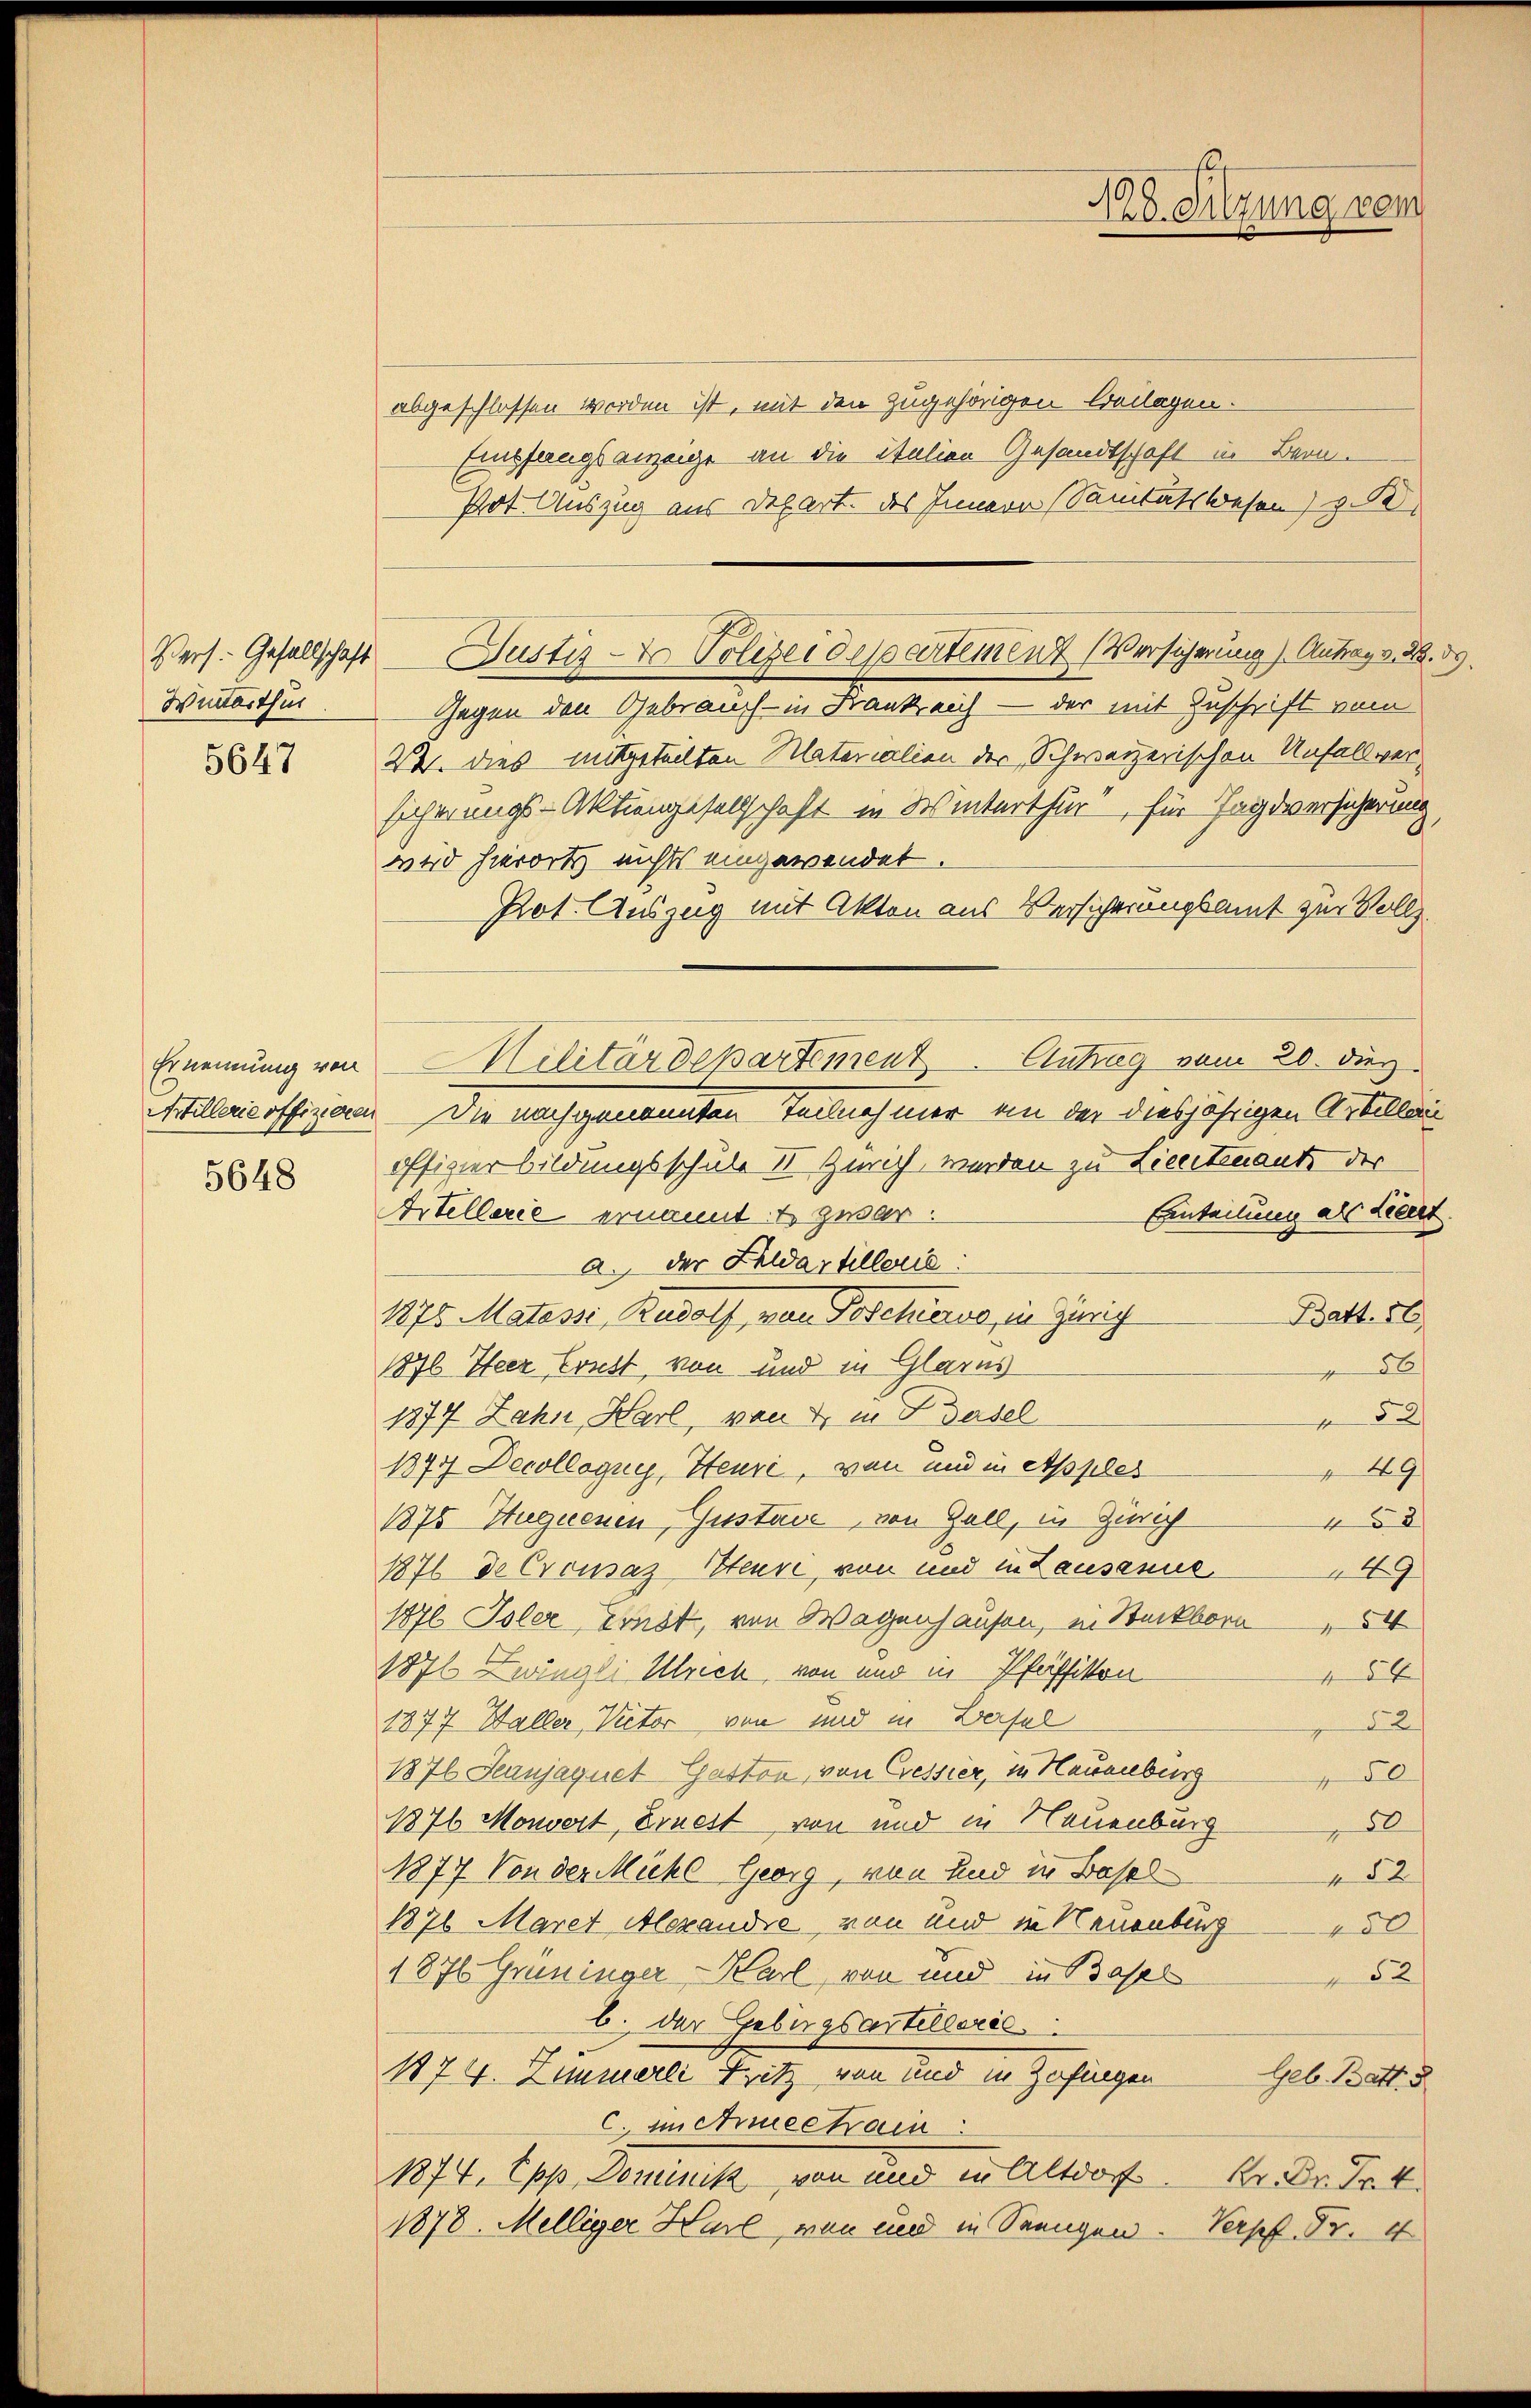
Winterthur.

5647

Ernennung von
5648

abgeschlossen worden ist, mit den zugehörigen beilagen.
Empfangsanzeige an die Italien Gesandtschaft in Bern.
Pot. Auszug aus Depart. des Innern Sanitätswesen) z
Gegen den Gebrauch - in Frank eich — der mit Zuschrift vom
24. dies mitgeteilten Materialien der Schweizerischen Unfallversicherungs-Aktiengesellschaft in Winterthur für Tagdversicherung
wird hierorts nichts eingewendet.
Pot. Auszug mit Akten aus Versicherungsamt zur Vollz
Antrag vom 20. Diez.
Artillaricoffizian Die nach genannten Teilnehmer an der diesjährigen Artillen
offizier bildungsschule II Zürich werden zu Lieutenante der
Artellerie ernannt & zusar.
Einteilung als Lieut.
a. der Feldartillerie:
Batt. 56
1875. Matessi, Rudolf, von Poschiers, in Zinig
1876 Heer Ernst, von und in Glarus
56
1877 Zahn, Harl, von 4 in Basel
52
1877 Decollogue, Steuri, von und in Apples
49
1875 Hugnenen, Gustave, von Gall, in Zürich
58
1876 de Crousaz Steure, von und in Lausanne
49
17l Isler, Ernst, von Wagenhausen, in Steckborn,
1871 Zwingli Ulrich, von und in Pfäffikon
150
1377 Haller, Victor von und in Bersel
52
1876 Seanjagnet Gaston, von Cressier, in Hauenburg
0
1876 Monvert, Ernest von und in Neuenburg
50
1877 Von der Mühl Georg, von und in Basel
82
1876 Maret Alexandre, von und in Neuenburg
250
1876 Grüninger-Karl von und in Basel
82
b. der Gebirgsartelesrec
1874. Zimmerli Fritz von und in Zofingen
Geb. Batt 5
c. in Anneckain
1874, Epp, Dominik von und in Altdorf
Kr. Dr. Frk.
1878. Melliger Harl, von und in Senngen. Verpft. Fr. 4

Pers. Gesellschaft Justiz - Polizeidepartement (Versicherung). Antrag v. 2. 39.

Militärdepartement

128. Sitzung vom